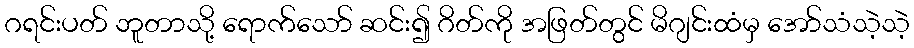
ဂရင်းပတ် ဘူတာသို့ ရောက်သော် ဆင်း၍ ဂိတ်ကို အဖြတ်တွင် မိဂျင်းထံမှ အော်သံသဲ့သဲ့